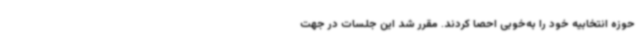
حوزه انتخابیه خود را به‌خوبی احصا کردند. مقرر شد این جلسات در جهت